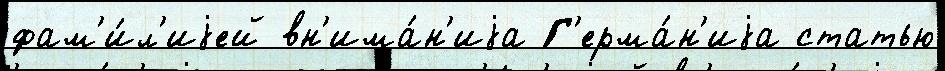
фам'и́л'иjей вн'има́н'иjа Г'ерма́н'иjа статью